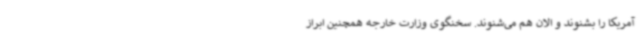
آمریکا را بشنوند و الان هم می‌شنوند. سخنگوی وزارت خارجه همچنین ابراز